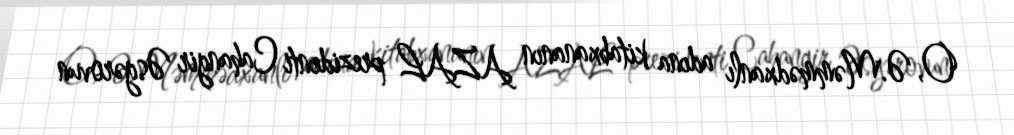
O, Ə.Məmmədxanlı adına kitabxananın AZAL prezidenti Cahangir Əsgərovun